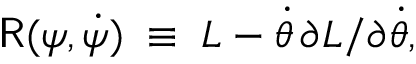
{ \sf R } ( \psi , \dot { \psi } ) \; \equiv \; L - \dot { \theta } \, \partial L / \partial \dot { \theta } ,